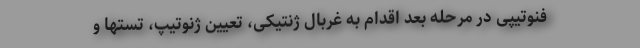
فنوتیپی در مرحله بعد اقدام به غربال ژنتیکی، تعیین ژنوتیپ، تستها و